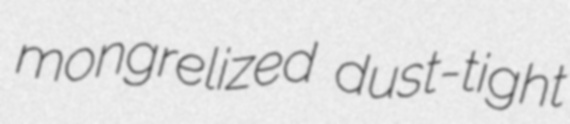
mongrelized dust-tight